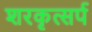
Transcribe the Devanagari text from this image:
शरकृत्‍सर्प